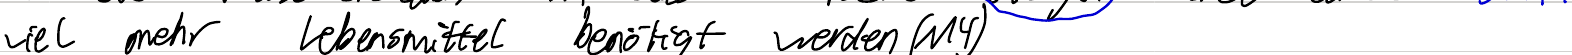
viel mehr Lebensmittel benötigt werden (M4)